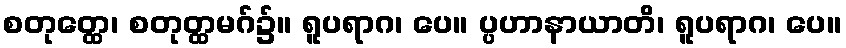
စတုတ္ထေ၊ စတုတ္ထမဂ်၌။ ရူပရာဂ၊ ပေ။ ပ္ပဟာနာယာတိ၊ ရူပရာဂ၊ ပေ။